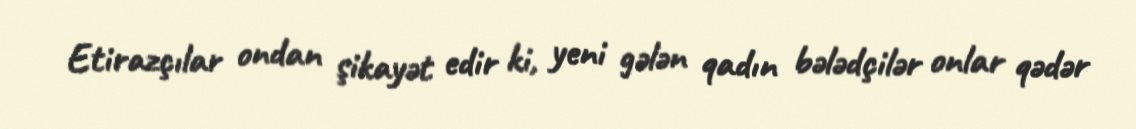
Etirazçılar ondan şikayət edir ki, yeni gələn qadın bələdçilər onlar qədər